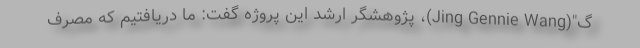
گ"(Jing Gennie Wang)، پژوهشگر ارشد این پروژه گفت: ما دریافتیم که مصرف